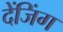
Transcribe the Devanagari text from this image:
देंजिंग